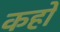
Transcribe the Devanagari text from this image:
कहों